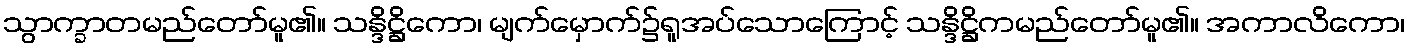
သွာက္ခာတမည်တော်မူ၏။ သန္ဒိဋ္ဌိကော၊ မျက်မှောက်၌ရူအပ်သောကြောင့် သန္ဒိဋ္ဌိကမည်တော်မူ၏။ အကာလိကော၊